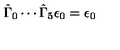
\hat { \Gamma } _ { 0 } \cdots \hat { \Gamma } _ { 5 } \epsilon _ { 0 } = \epsilon _ { 0 }